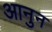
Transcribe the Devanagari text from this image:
आनुन